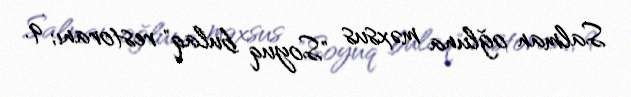
Salman oğluna məxsus "Soyuq bulaq" restoranı; 9.